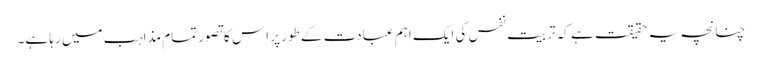
چنانچہ یہ حقیقت ہے کہ تربیت نفس کی ایک اہم عبادت کے طور پر اِس کا تصور تمام مذاہب میں رہا ہے۔